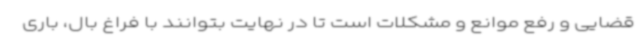
قضایی و رفع موانع و مشکلات است تا در نهایت بتوانند با فراغ بال، باری